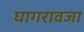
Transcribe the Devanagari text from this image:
घागरावजा